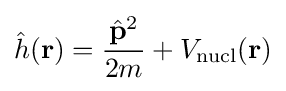
{\hat {h}}(\mathbf {r} )={\frac {{\hat {\mathbf {p} }}^{2}}{2m}}+V_{\text{nucl}}(\mathbf {r} )